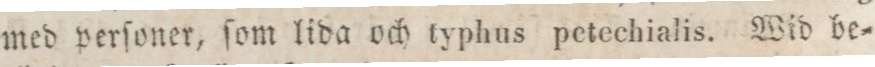
med perſoner, ſom lida och typhus petechialis. Wid be=